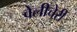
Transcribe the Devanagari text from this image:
वेलीचेरी